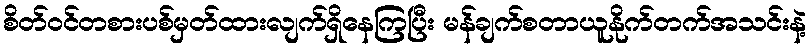
စိတ်ဝင်တစားပစ်မှတ်ထားလျက်ရှိနေကြပြီး မန်ချက်စတာယူနိုက်တက်အသင်းနဲ့